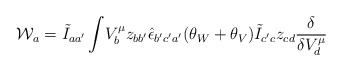
\begin{align*}{\cal W}_a = \tilde I_{aa'}\int \! V^\mu _b z_{bb'}\hat \epsilon _{b'c'a'} (\theta _W + \theta _V)\tilde I _{c'c}z_{cd}\frac{\delta}{\delta V^\mu _{d}}\end{align*}